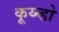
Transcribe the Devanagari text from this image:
कूय्न्डो